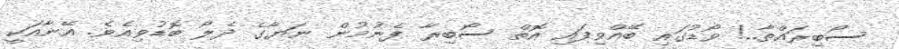
ސޯބިރައްތާ..! ވޯޑުގައި ބޭއްވިފައި އޮތް ސޯބިރާ ފެނުމުން ނަޔާގެ ދެލޯ ބޮޑުވިއެވެ. އޭނާއަކީ